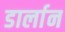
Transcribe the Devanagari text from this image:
डार्लान